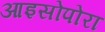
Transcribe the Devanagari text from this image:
आइसोपोरा